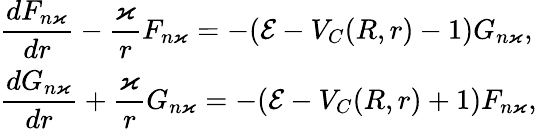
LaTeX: \begin{array}{l}{\displaystyle\frac{dF_{n\varkappa}}{dr}-\frac{\varkappa}{r}F_{n\varkappa}=-(\mathcal{E}-V_{C}(R,r)-1)G_{n\varkappa},}\\ {\displaystyle\frac{dG_{n\varkappa}}{dr}+\frac{\varkappa}{r}G_{n\varkappa}=-(\mathcal{E}-V_{C}(R,r)+1)F_{n\varkappa},}\end{array}